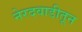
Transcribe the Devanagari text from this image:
नेरदवाडीतून